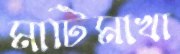
মাটিমাখা